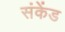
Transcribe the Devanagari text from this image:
संकेंड